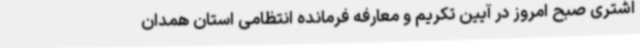
اشتری صبح امروز در آیین تکریم و معارفه فرمانده انتظامی استان همدان